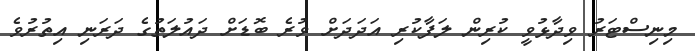
މިނިސްޓަރު ވިދާޅުވީ ކުރިން ލަފާކުރި އަދަދަށް ވުރެ ބޮޑަށް ދައުލަތުގެ ދަރަނި އިތުރުވެ